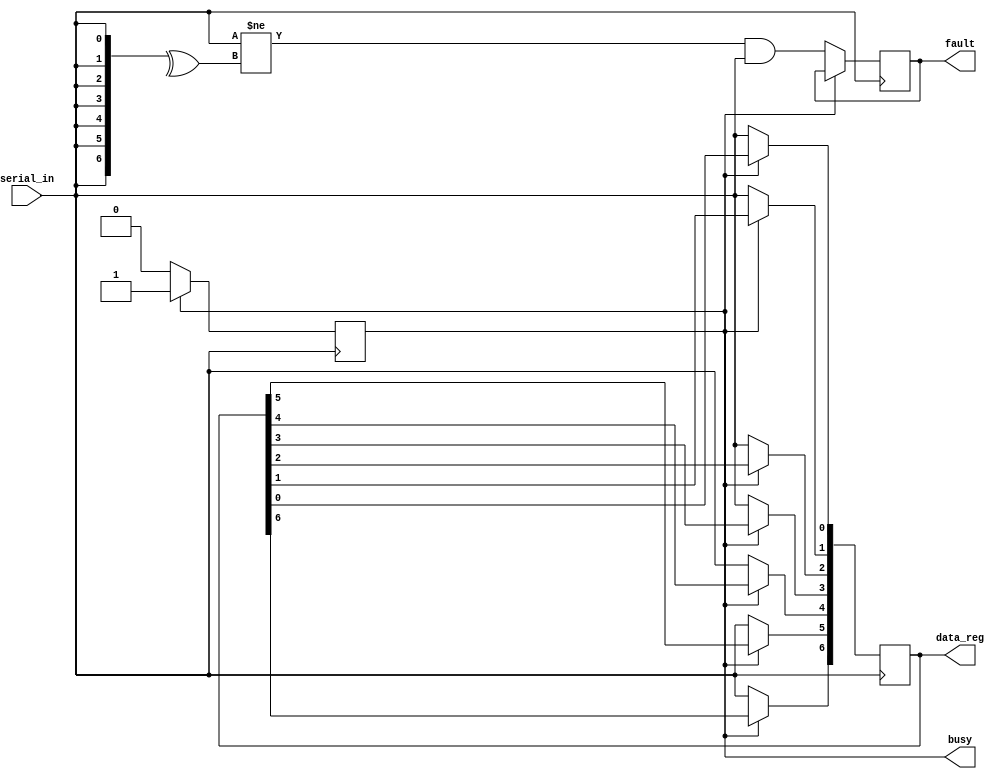
module UART_receiver(
    input serial_in,
    output reg busy,
    output reg [DATA_WIDTH-1:0] data_reg,
    output reg fault
    );
    
    parameter DATA_WIDTH = 7;
    parameter bud = 10;
    reg parity;
	 reg stop_signal;
    integer i;
    
    initial begin
        busy <= 1'b0;
        data_reg <= 0;
        fault <= 1'b0;
    end
    
    always @(posedge serial_in) begin
        if (~busy) begin
            busy = 1'b1;
            #(bud/2);
            #bud parity = serial_in;
            
            for (i = 0; i < DATA_WIDTH; i = i + 1) begin
                #bud data_reg[i] = serial_in;
            end
            
            #bud fault = (parity != ^data_reg) & serial_in; // check parity and stop signal
            #bud busy = 1'b0;
        end
    end
endmodule